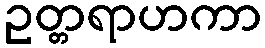
ဥတ္တရာဟကာ